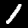
Label: 1